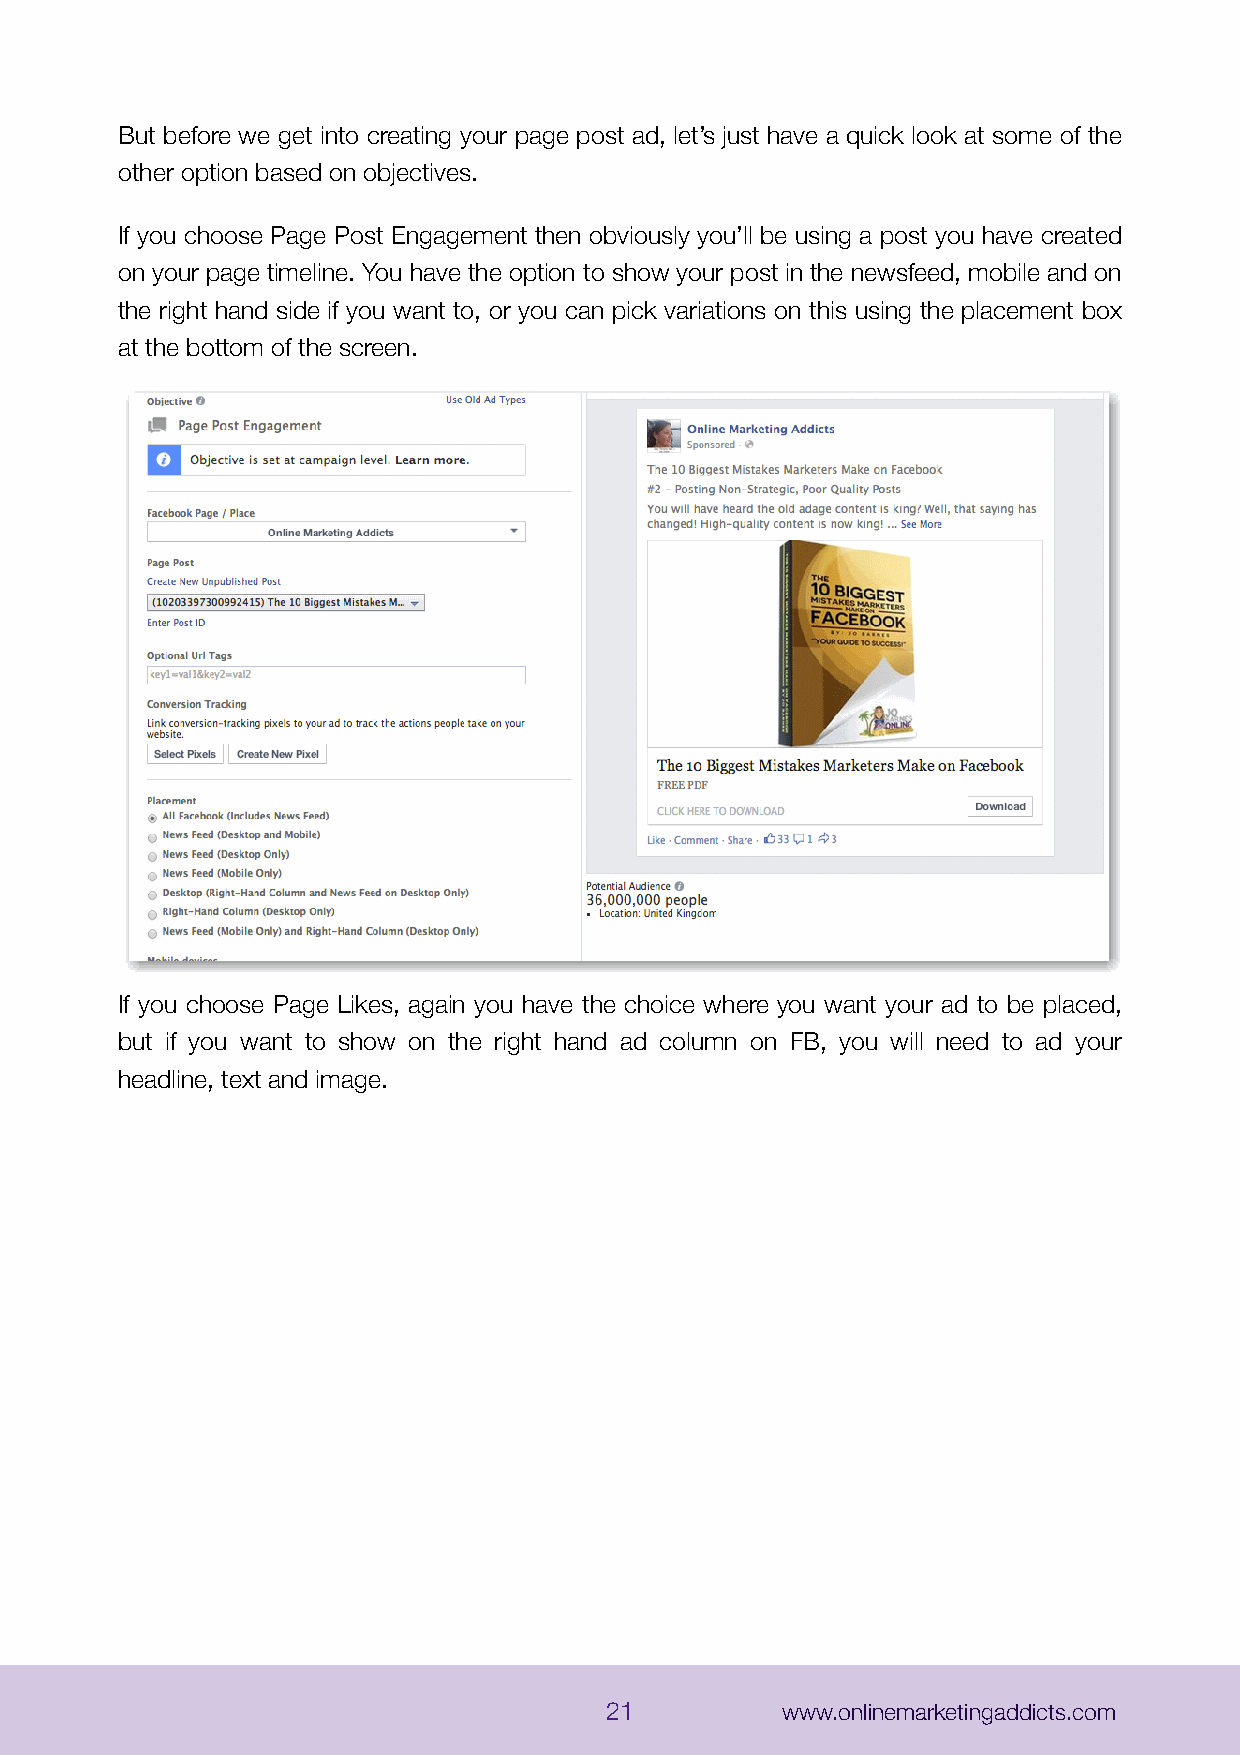
But before we get into creating your page post ad, let’s just have a quick look at some of the
 other option based on objectives.
 If you choose Page Post Engagement then obviously you’ll be using a post you have created
 on your page timeline. You have the option to show your post in the newsfeed, mobile and on
 the right hand side if you want to, or you can pick variations on this using the placement box
 at the bottom of the screen.
 If you choose Page Likes, again you have the choice where you want your ad to be placed,
 but if you want to show on the right hand ad column on FB, you will need to ad your
 headline, text and image.
 21          www.onlinemarketingaddicts.com